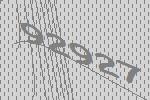
92927